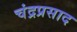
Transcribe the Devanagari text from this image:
चंद्रप्रसाद